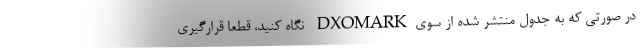
در صورتی که به جدول منتشر شده از سویDXOMARK نگاه کنید، قطعا قرارگیری